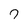
Character: 7